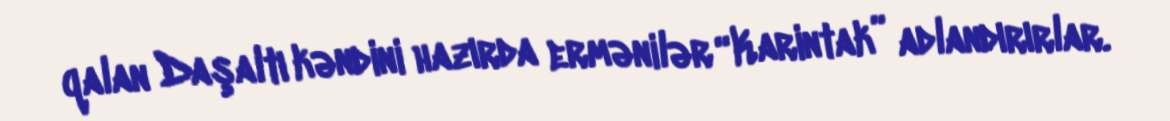
qalan Daşaltı kəndini hazırda ermənilər “Karintak” adlandırırlar.